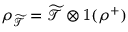
\rho _ { \mathcal { \widetilde { T } } } = \mathcal { \widetilde { T } } \otimes \mathbb { 1 } ( \rho ^ { + } )